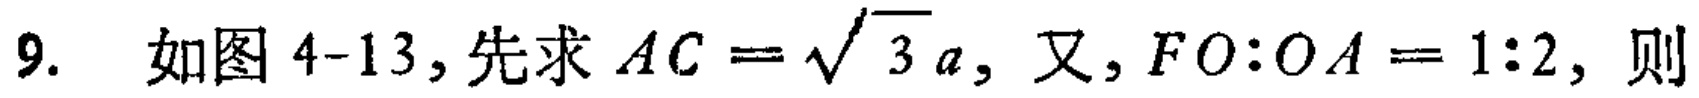
9. 如图4-13,先求 \(AC = \sqrt{3}a\), 又, \(FO:OA = 1:2\), 则